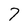
Character: 7